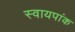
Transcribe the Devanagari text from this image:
स्वायपांक